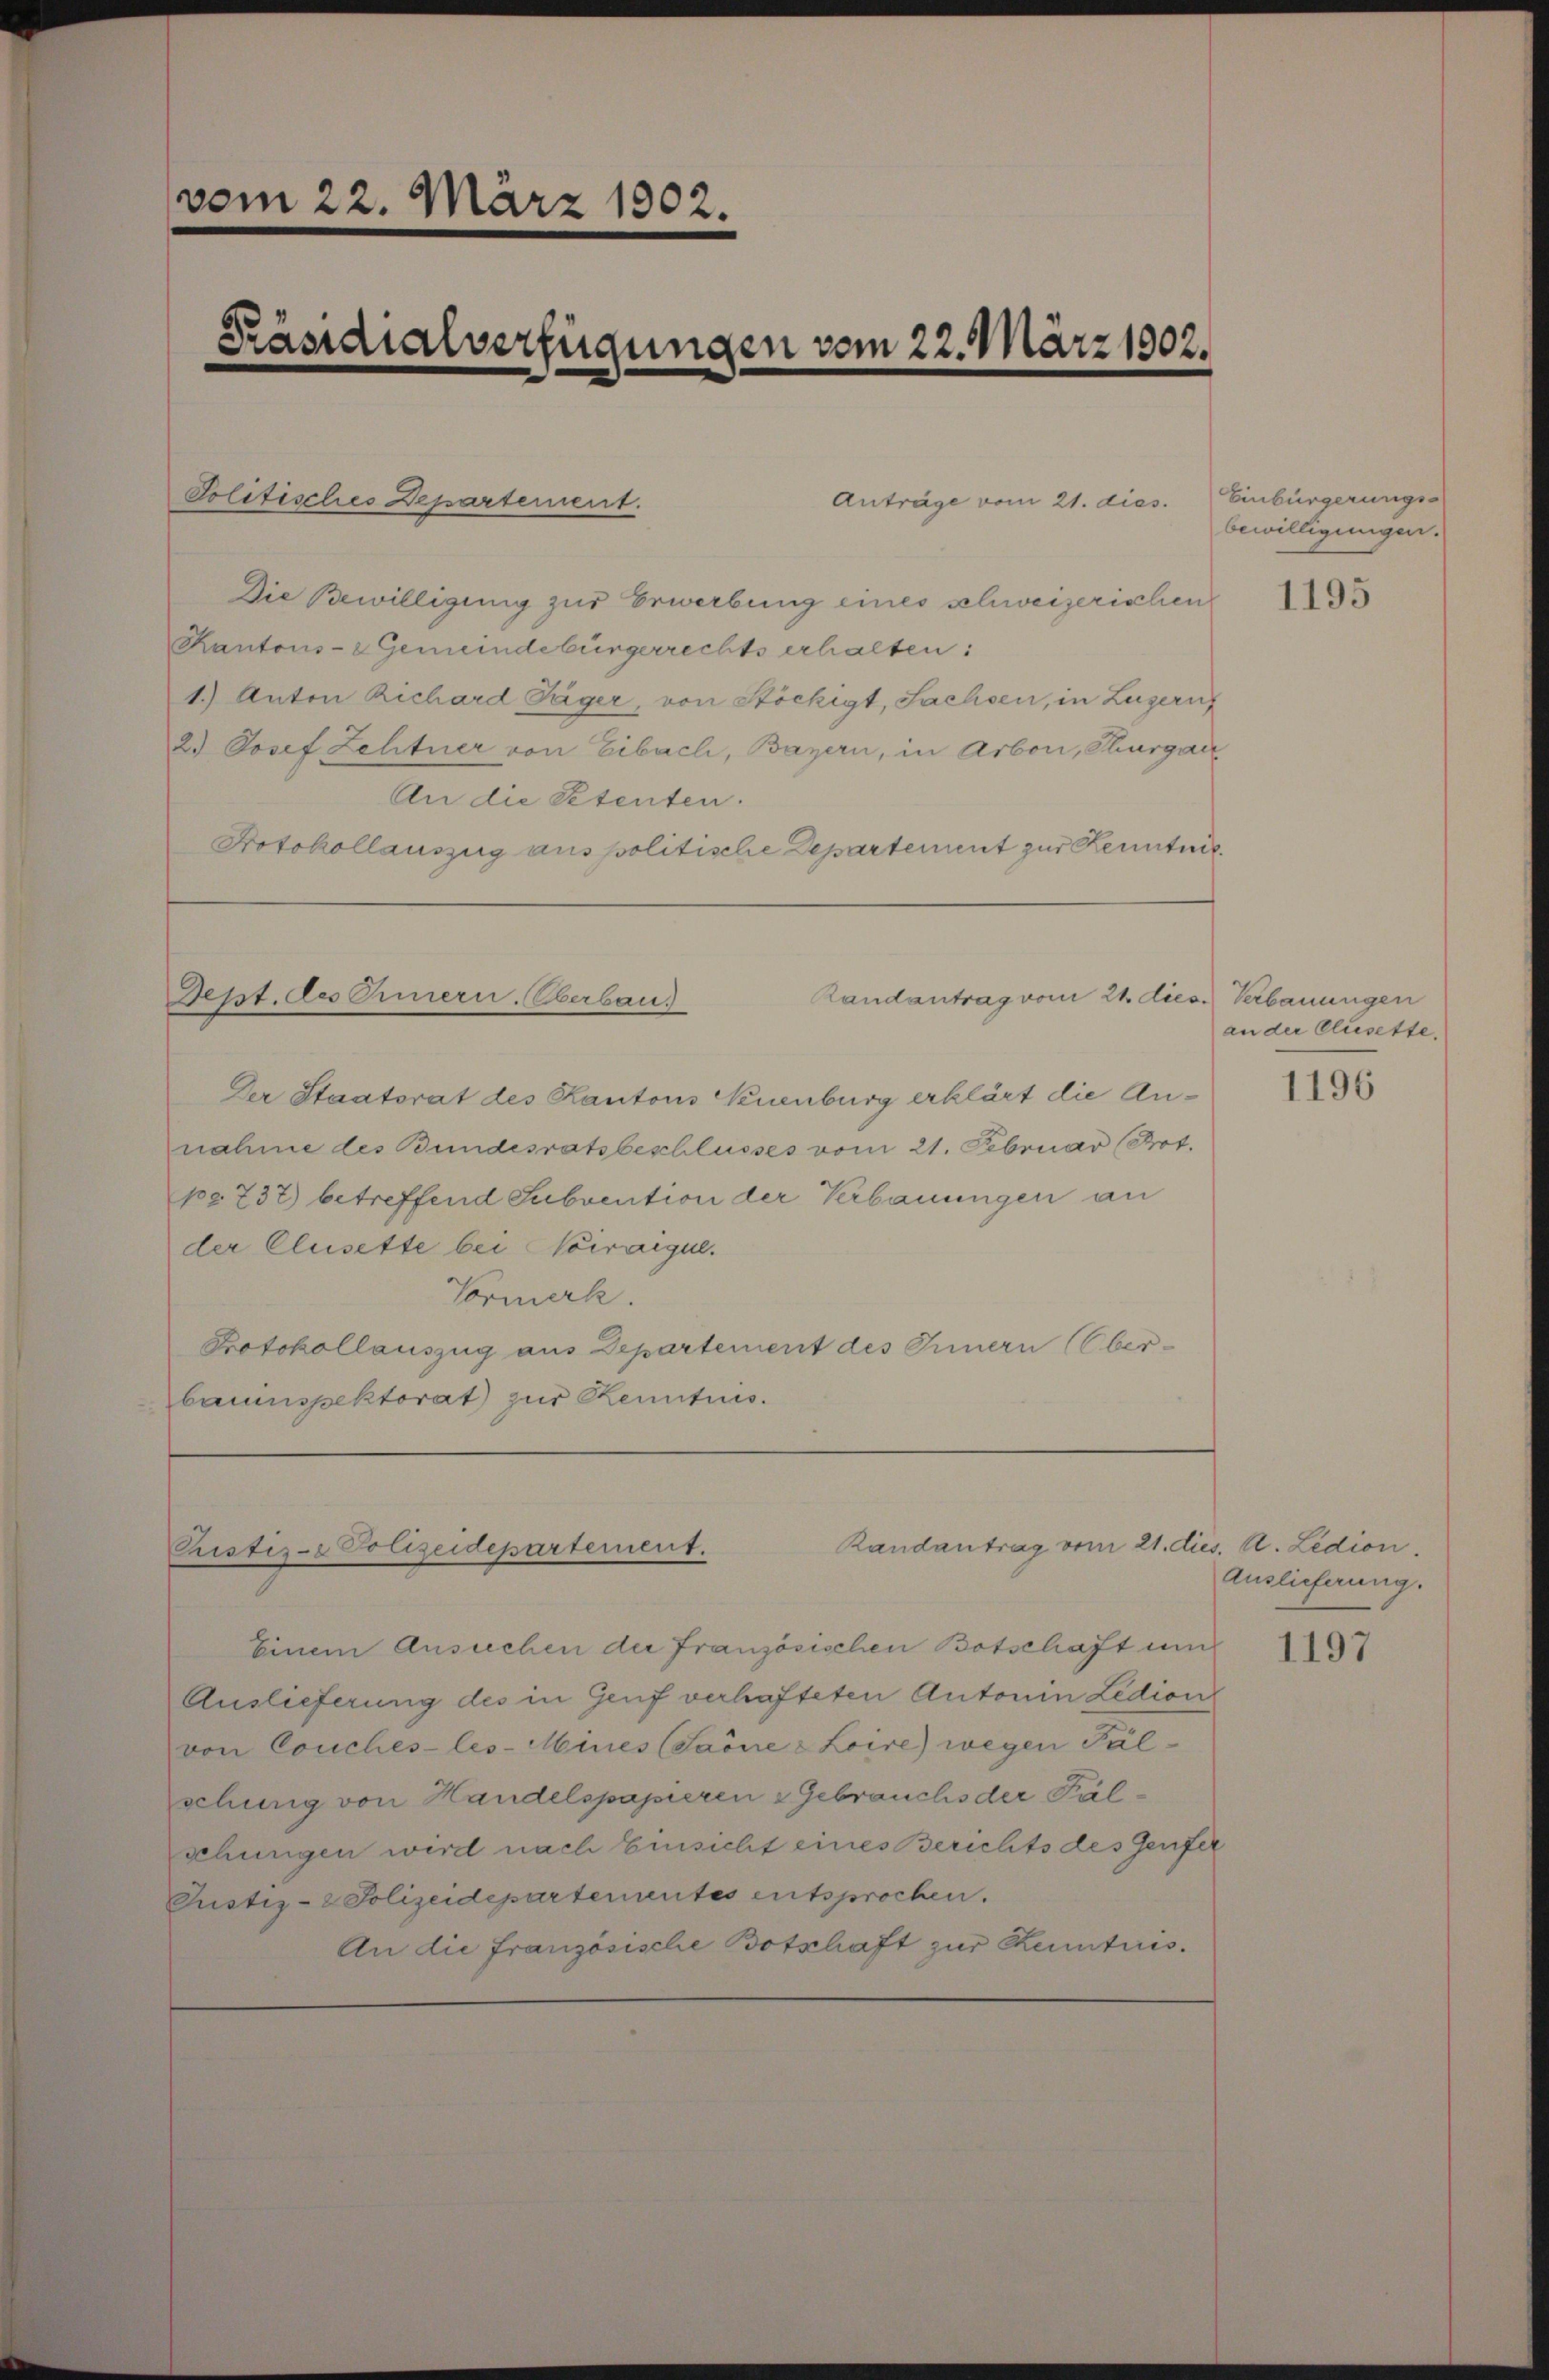
vom 22. März 1802.

Präsidialverfügungen vom 22. März 1902.

Politisches Departement.

Die Bewilligung zur Erwerbung eines schweizerischen
Kantons-Gemeindebürgerrechts erhalten:
1.) Anton Richard Jäger, von Stöckigt, Sachsen, in Zugeruf
2.) Josef Zehtner von Eibach, Bayern, in Arbon, Thurgau
An die Petenten.
Protokollauszug aus politische Departement zur Kenntnis

Sept. des Omern. Oberbau

Ristis- Polizeidepartement.

Anträge vom 21. dies

Randantrag vom 21. diese Verbauungen

Der Staatsrat des Kantons Neuenburg erklärt die An-
nahme des Bundesratsbeschlusses vom 21. Februar (Prot.
po 737) betreffend Subvention der Verbauungen an
der Clusette bei Nowaigel.
Vormerk.
Protokollauszug aus Departement des Innern (Ober-
bauinspektorat zur Kenntnis.

Randantrag vom 21. dies. v. Ledion.

Einem Ansichen der Französischen Botschaft un
Auslieferung des in Genf verhafteten Antonin Ledion
von Couches-les-Mines (Saöne Loire) wegen Fälschung von Handelspapieren & Gebrauchs der Fälschungen wird nach Einsicht eines Berichts des Genfer
Justiz- & Polizeidepartementes entsprochen.
An die französische Botschaft zur Kenntnis.

Einbürgerungs-
bewilligungen.

1195

an der Clusette.

1196

Auslieferung.

1197